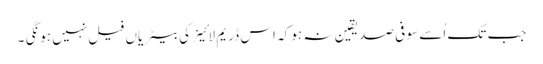
جب تک اُسے سو فی صد یقین نہ ہو کہ اس ڈریم لائینر کی بیٹریاں فیل نہیں ہونگی ۔